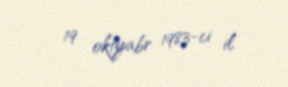
19 oktyabr 1983-ci il